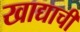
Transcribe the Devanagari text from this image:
खाद्याची